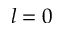
l = 0